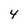
Character: 4